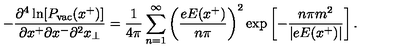
- { \frac { \partial ^ { 4 } \ln [ P _ { \mathrm { v a c } } ( x ^ { + } ) ] } { \partial x ^ { + } \partial x ^ { - } \partial ^ { 2 } x _ { \bot } } } = { \frac { 1 } { 4 \pi } } \sum _ { n = 1 } ^ { \infty } \left( { \frac { e E ( x ^ { + } ) } { n \pi } } \right) ^ { 2 } \exp \left[ - { \frac { n \pi m ^ { 2 } } { \vert e E ( x ^ { + } ) \vert } } \right] .